Burma Government Medical School reports 1907-22
Year: 1907
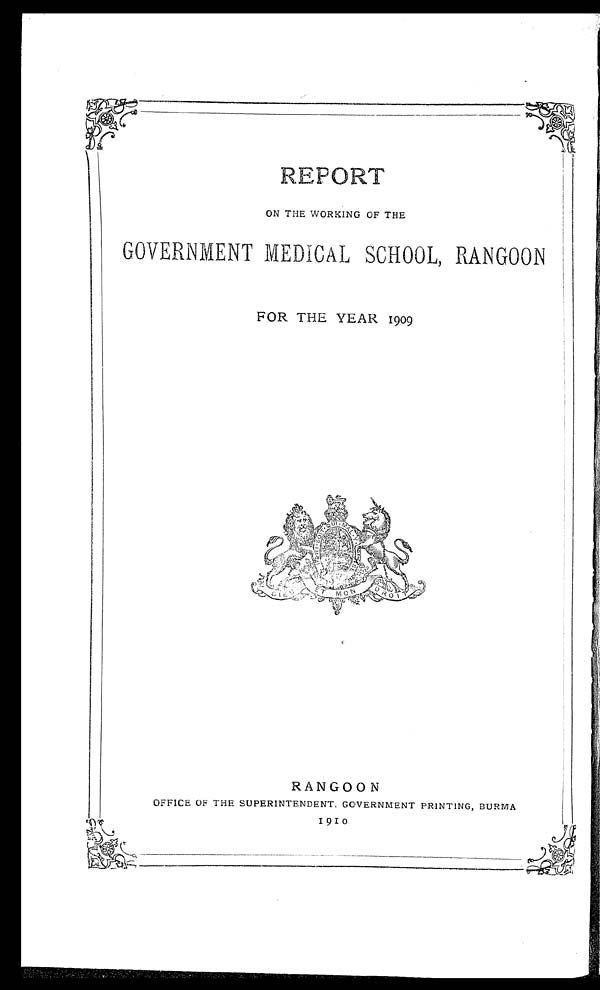
REPORT
ON THE WORKING OF THE
GOVERNMENT MEDICAL SCHOOL, RANGOON
FOR THE YEAR 1909
RANGOON
OFFICE OF THE SUPERINTENDENT, GOVERNMENT PRINTING, BURMA
1910